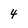
Character: 4